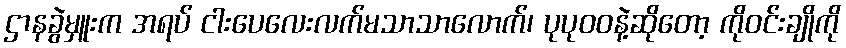
ဌာနခွဲမှူးက အရပ် ငါးပေလေးလက်မသာသာလောက်၊ ပုပုဝဝနဲ့ဆိုတော့ ကိုဝင်းချိုကို